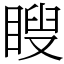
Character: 瞍